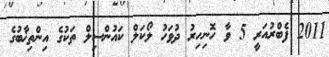
2011 ފެބްރުއަރީ 5 ވާ ހޮނިހިރު ދުވަހު ލޯކަލް ކައުންސިލް ތަކުގެ އިންތިޚާބުގެ